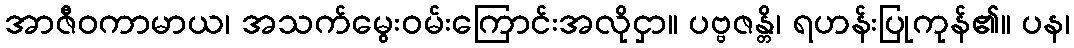
အာဇီဝကာမာယ၊ အသက်မွေးဝမ်းကြောင်းအလိုငှာ။ ပဗ္ဗဇန္တိ၊ ရဟန်းပြုကုန်၏။ ပန၊